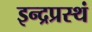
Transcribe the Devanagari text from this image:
इन्द्रप्रस्थं